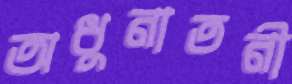
অধুনাতনী